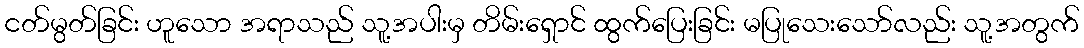
ငတ်မွတ်ခြင်း ဟူသော အရာသည် သူ့အပါးမှ တိမ်းရှောင် ထွက်ပြေးခြင်း မပြုသေးသော်လည်း သူ့အတွက်